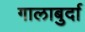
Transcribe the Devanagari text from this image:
गालाबुर्दा